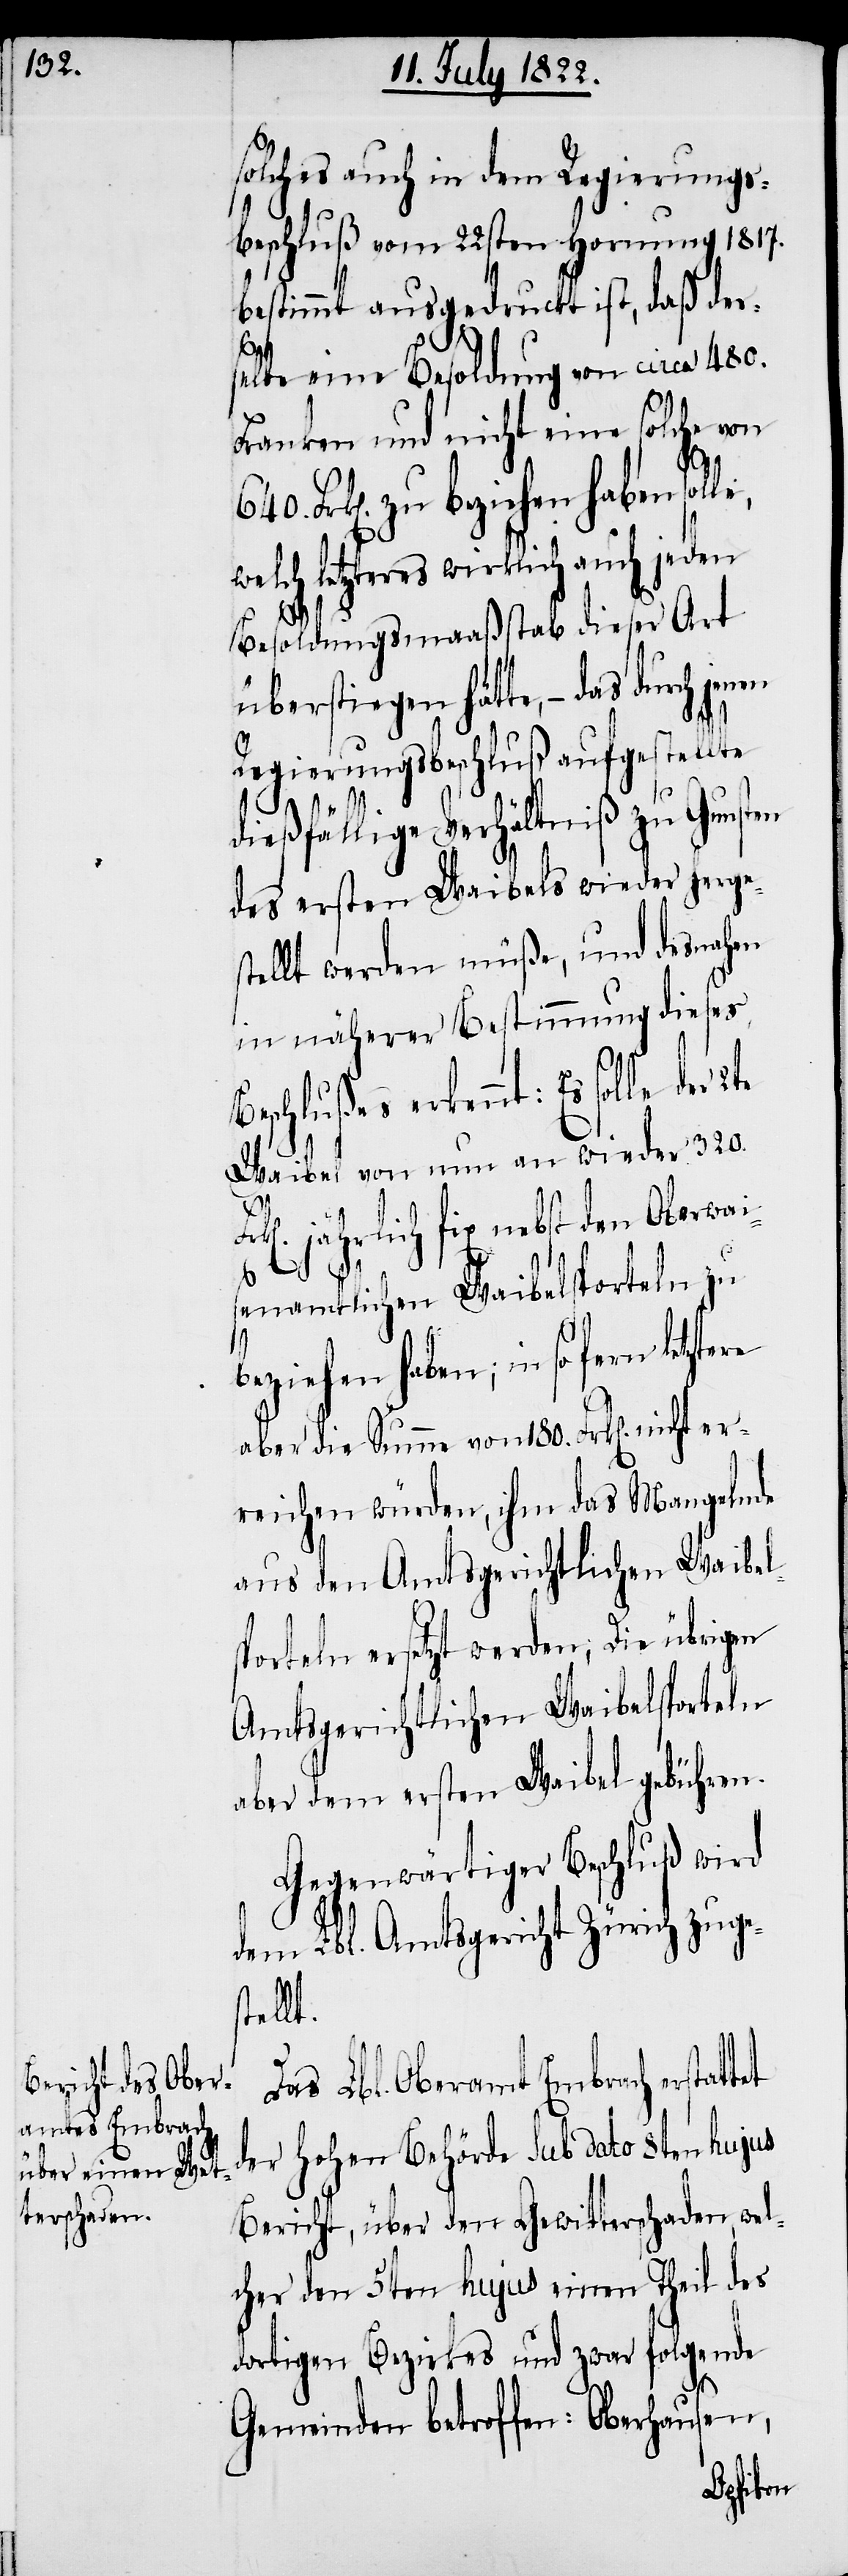
solches auch in dem Regierungs¬
beschluß vom 22sten Hornung 1817.
bestimmt ausgedruckt ist, daß der¬
d¬
selbe eine Besoldung von circa 480.
Franken und nicht solche von
Frk[en]. zu beziehen haben sol¬
elch letzteres wirklich auch jeden
Besoldungsmaaßstab dieser Art
überstiegen hätte, – das durch
Regierungsbeschluß aufgestellte
dießfällige Verhältniß zu Gunsten
des ersten Waibels wieder herges¬
tellt werden müße, und desnahen
in näherer Bestimmung dieses
Beschlußes erkennt: Es solle
Waibel von nun an wieder 320.
t.
k[en] jährlich fix nebst den Oberwai¬
senamtlichen Waibelsporteln zu
beziehen haben; in so fern
aber die Summe von 180. Frk[en] nicht er¬
reichen würden, ihm das Mangelnde
aus den Amtsgerichtlichen Waibe¬
porteln ersetzt werden; Die übrigen
Amtsgerichtlichen Waibelsporteln
aber dem ersten Waibel gebühren.
Gegenwärtiger Beschluß wird
dem Lbl. Amtsgericht Zürich zuge¬
stell¬
Das Lbl. Oberamt Embrach erstat¬
er Hohen Behörde Sub dato 8ten hujus
Bericht, über den Gewitterschaden, wel¬
cher den 5ten hujus einen Theil des
dortigen Bezirkes und zwar folgende
Gemeinden betreffen: Oberhausen,